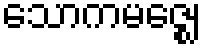
သောကမဇ္ဈေ